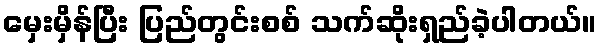
မှေးမှိန်ပြီး ပြည်တွင်းစစ် သက်ဆိုးရှည်ခဲ့ပါတယ်။